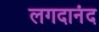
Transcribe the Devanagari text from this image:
लगदानंद